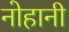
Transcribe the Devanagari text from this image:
नोहानी